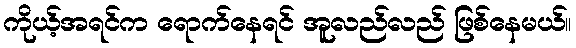
ကိုယ့်အရင်က ရောက်နေရင် အူလည်လည် ဖြစ်နေမယ်။